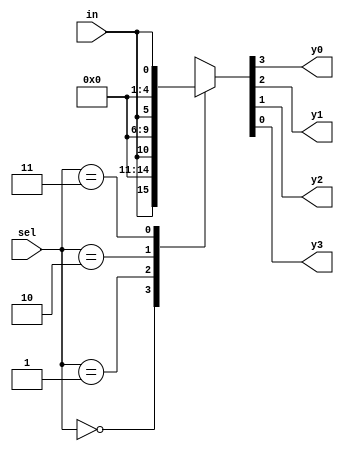
`timescale 1ns / 1ps
//////////////////////////////////////////////////////////////////////////////////
// Company: 
// Engineer: 
// 
// Design Name: 
// Module Name: Demux1x4case
// Project Name: 
// Target Devices: 
// Tool Versions: 
// Description: 
// 
// Dependencies: 
// 
// Revision:
// Revision 0.01 - File Created
// Additional Comments:
// 
//////////////////////////////////////////////////////////////////////////////////


module Demux1x4case(output reg y0,y1,y2,y3,input [1:0]sel,input in);
always @(*)
begin
case(sel)
2'b00:{y0,y1,y2,y3} = {in,3'b0};
2'b01:{y0,y1,y2,y3} = {1'b0,in,2'b0};
2'b10:{y0,y1,y2,y3} = {2'b0,in,1'b0};
2'b11:{y0,y1,y2,y3} = {3'b0,in};
default :{y0,y1,y2,y3} = {4'bxxxx};
endcase
end
endmodule